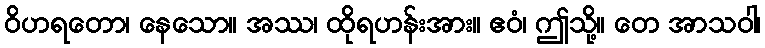
ဝိဟရတော၊ နေသော။ အဿ၊ ထိုရဟန်းအား။ ဧဝံ၊ ဤသို့။ တေ အာသဝါ၊